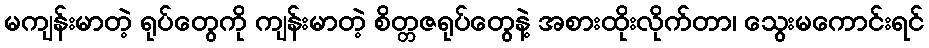
မကျန်းမာတဲ့ ရုပ်တွေကို ကျန်းမာတဲ့ စိတ္တဇရုပ်တွေနဲ့ အစားထိုးလိုက်တာ၊ သွေးမကောင်းရင်